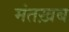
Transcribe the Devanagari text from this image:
मंतख़ब